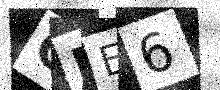
Text: GBE6